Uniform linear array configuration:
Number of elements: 64
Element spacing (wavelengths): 0.5
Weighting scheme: hamming
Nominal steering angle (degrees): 45
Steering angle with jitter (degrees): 43.596
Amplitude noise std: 0.05
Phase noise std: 0.05

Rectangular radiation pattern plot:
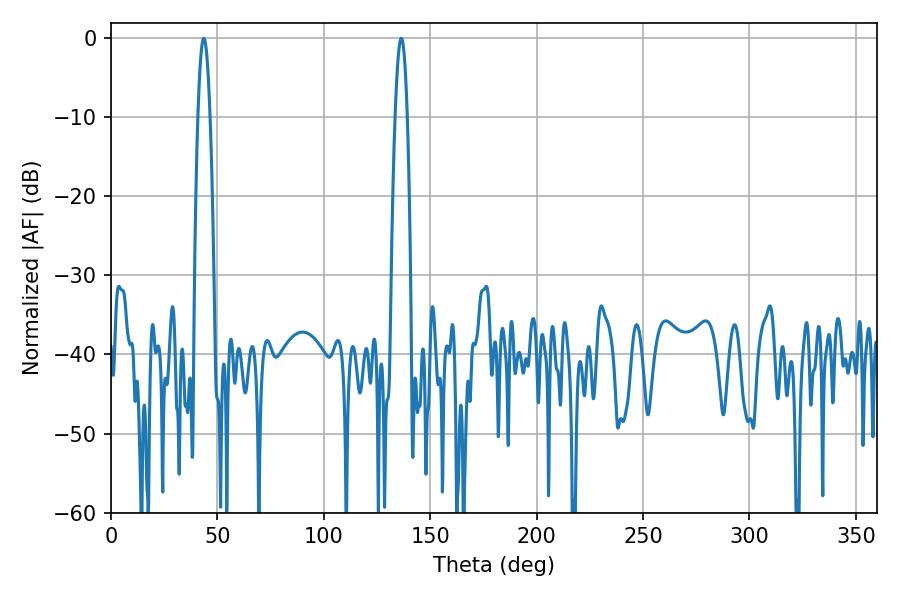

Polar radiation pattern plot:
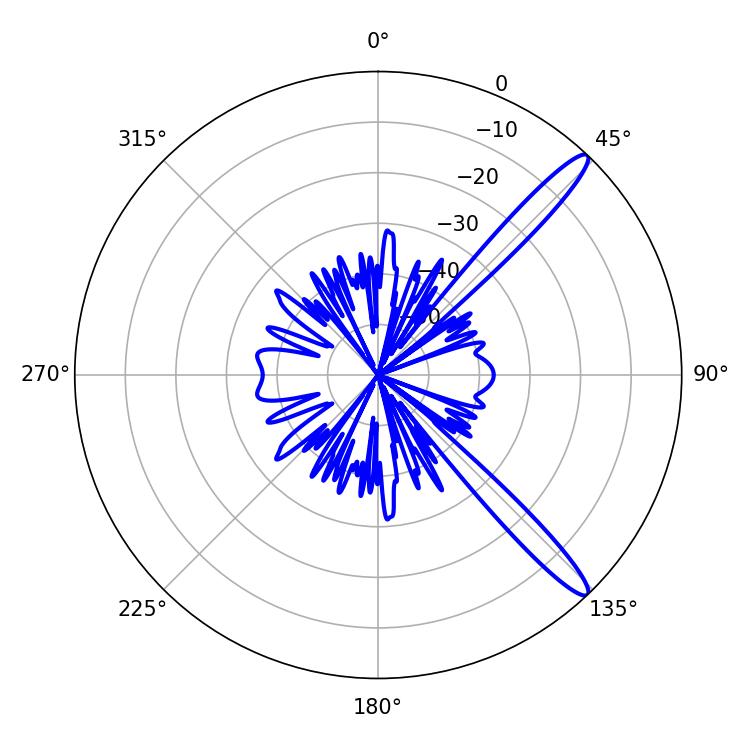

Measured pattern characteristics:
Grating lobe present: FALSE
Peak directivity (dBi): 13.857
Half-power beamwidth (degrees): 3.06
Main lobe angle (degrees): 43.56